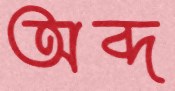
অব্দ